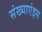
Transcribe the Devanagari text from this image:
संख्याएंइस